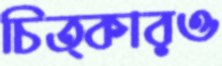
চিত্কারও